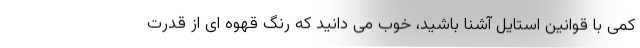
کمی با قوانین استایل آشنا باشید، خوب می دانید که رنگ قهوه ای از قدرت